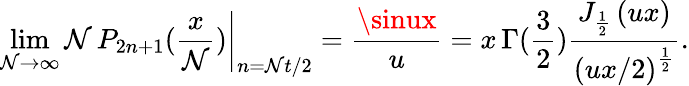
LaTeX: \operatorname*{lim}_{\mathcal{N}\rightarrow\infty}\left.\mathcal{N}\, P_{2n+1}(\frac{{x}}{{\mathcal{N}}})\right|_{n=\mathcal{N}t/2}=\frac{{\sinux}}{{u}}=x\, \Gamma(\frac{3}{2})\frac{{J_{\frac{1}{2}}\left(ux\right)}}{{\left(ux/2\right)^{\frac{1}{2}}}}.